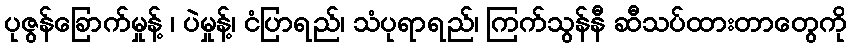
ပုဇွန်ခြောက်မှုန့် ၊ ပဲမှုန့်၊ ငံပြာရည်၊ သံပုရာရည်၊ ကြက်သွန်နီ ဆီသပ်ထားတာတွေကို